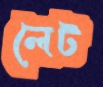
লেট